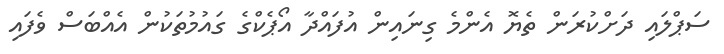
ސަޕްލައި ދަށްކުރަން ތެޔޮ އެންމެ ގިނައިން އުފައްދާ އޯޕެކްގެ ގައުމުތަކުން އެއްބަސް ވެފައި